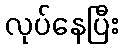
လုပ်နေပြီး